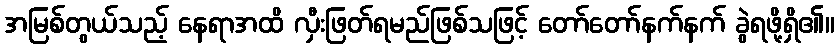
အမြစ်တွယ်သည့် နေရာအထိ လှီးဖြတ်ရမည်ဖြစ်သဖြင့် တော်တော်နက်နက် ခွဲရဖို့ရှိ၏။